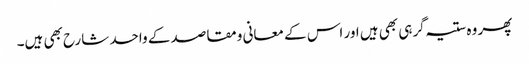
پھر وہ ستیہ گرہی بھی ہیں اور اس کے معانی ومقاصد کے واحد شارح بھی ہیں۔